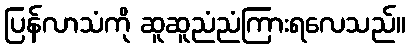
ပြန်လာသံကို ဆူဆူညံညံကြားရလေသည်။